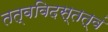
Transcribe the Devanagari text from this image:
तत्वविदस्तत्वं